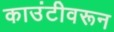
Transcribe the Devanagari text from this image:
काउंटीवरून